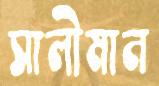
সালীমান